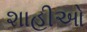
શાહીઓ